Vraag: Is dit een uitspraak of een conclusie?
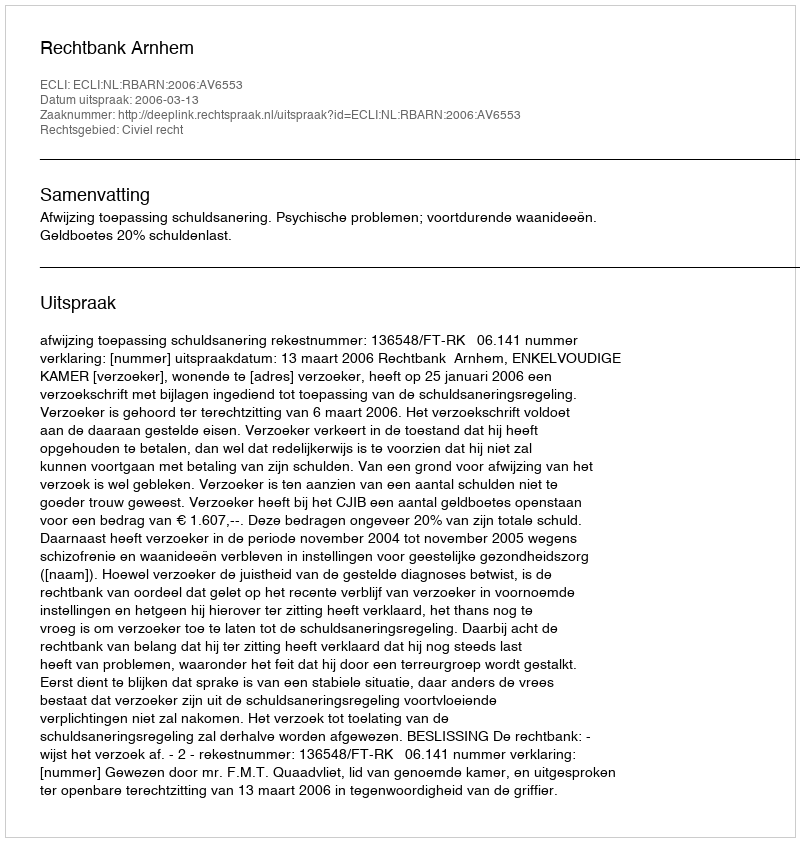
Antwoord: Uitspraak